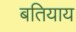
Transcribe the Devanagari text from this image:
बतियाय